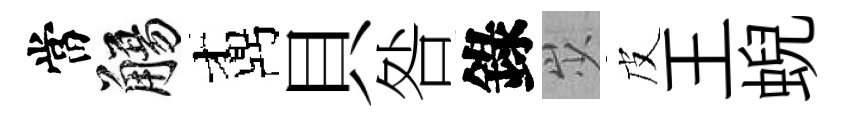
當觴鼒貝咎錄𡵯皮王蜺